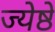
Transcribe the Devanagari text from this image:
ज्येष्ठे